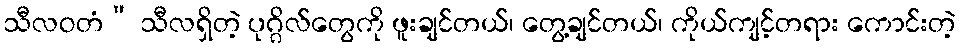
သီလဝတံ” သီလရှိတဲ့ ပုဂ္ဂိလ်တွေကို ဖူးချင်တယ်၊ တွေ့ချင်တယ်၊ ကိုယ်ကျင့်တရား ကောင်းတဲ့